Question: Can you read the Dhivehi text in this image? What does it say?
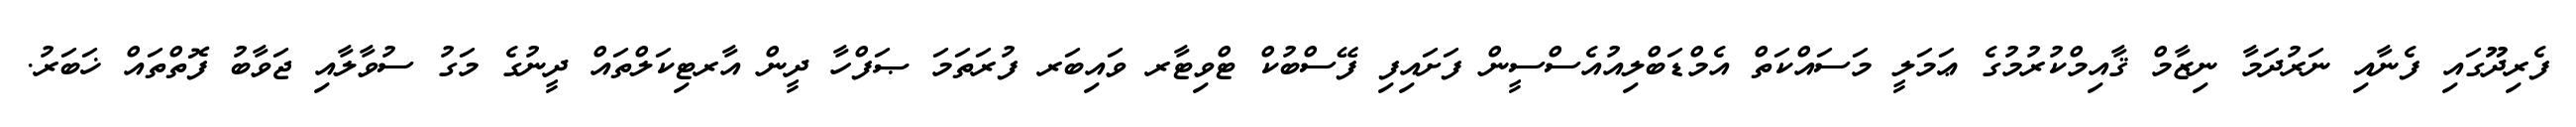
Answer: ފެރިދޫގައި ފެނާއި ނަރުދަމާ ނިޒާމް ޤާއިމްކުރުމުގެ ޢަމަލީ މަސައްކަތް އެމްޑަބްލިއުއެސްސީން ފަށައިފި ފޭސްބުކް ޓްވިޓާރ ވައިބަރ ފުރަތަމަ ޞަފްހާ ދީން އާރޓިކަލްތައް ދީނުގެ މަގު ސުވާލާއި ޖަވާބު ފޮތްތައް ޚަބަރު.